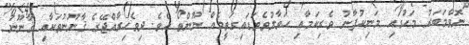
ނޮވެމަބަރު މަހުގައި މަނިކުފާނު ވެރިކަމާއި ހަވާލުވެވަޑައިގަތީމެއް ނޫންތޯ އެވެ. ދިވެހިރާއްޖޭގެ ޤާނޫނުތަކާއި ޤާނޫނު